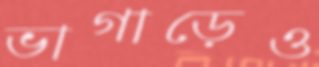
ভাগাড়েও